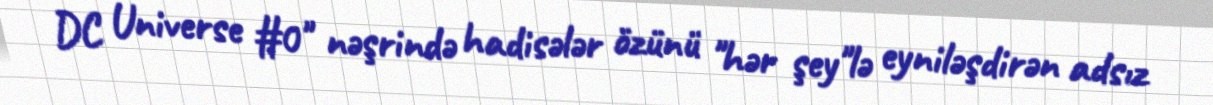
DC Universe #0" nəşrində hadisələr özünü "hər şey"lə eyniləşdirən adsız